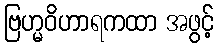
ဗြဟ္မဝိဟာရကထာ အဖွင့်